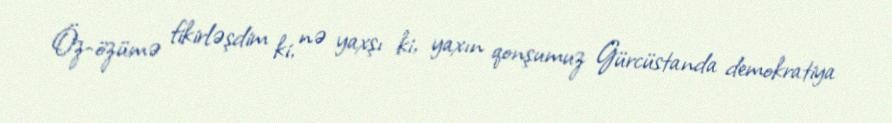
Öz-özümə fikirləşdim ki, nə yaxşı ki, yaxın qonşumuz Gürcüstanda demokratiya